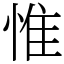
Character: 惟